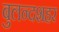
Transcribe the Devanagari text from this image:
बुलन्‍दशहर